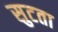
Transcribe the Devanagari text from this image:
सुटता